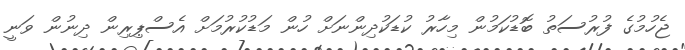
ޖެހުމުގެ ފުރުސަތު ބޮޑުކަމުން މިހާރު ކުޑަކުދިންނަށް ހުން މަޑުކުރުމަށް އެސްޕިރިން ދިނުން ވަނީ